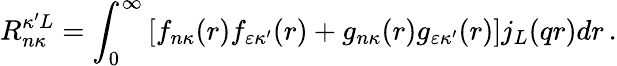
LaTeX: R_{n\kappa}^{\kappa^{\prime}L}=\int_{0}^{\infty}\left[f_{n\kappa}{(r)}f_{\varepsilon\kappa^{\prime}}{(r)}+g_{n\kappa}{(r)}g_{\varepsilon\kappa^{\prime}}{(r)}\right]j_{L}{(qr)}dr\, .